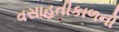
વસાહતીકાળનો